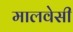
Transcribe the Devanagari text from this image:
मालवेसी